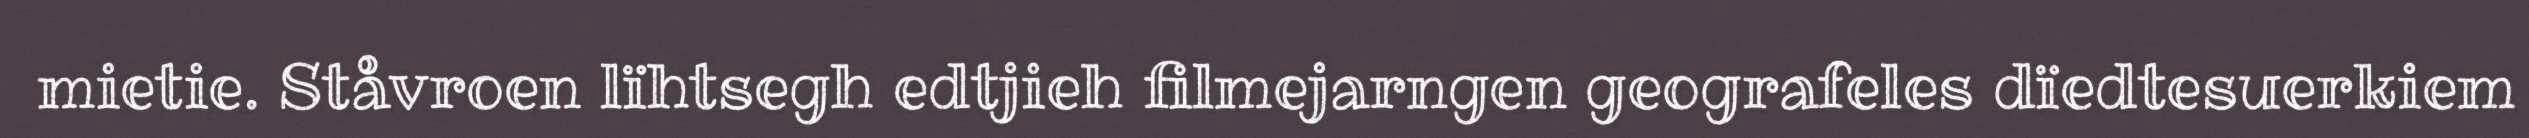
mietie. Ståvroen lïhtsegh edtjieh filmejarngen geografeles dïedtesuerkiem